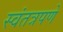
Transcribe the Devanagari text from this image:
स्वंतत्रपणे